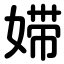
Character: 㛿